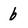
Character: 6